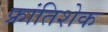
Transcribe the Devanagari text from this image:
फ्रांतिशेक